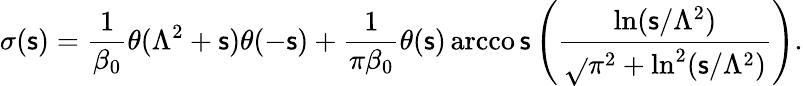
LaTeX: \sigma(\mathsf{s})=\frac{1}{{\beta_{0}}}\theta(\Lambda^{2}+\mathsf{s})\theta(-\mathsf{s})+\frac{1}{{\pi\beta_{0}}}\theta(\mathsf{s})\operatorname{arcco\mathsf{s}}\left(\frac{{\ln(\mathsf{s}/\Lambda^{2})}}{{\sqrt{}{{\pi^{2}+\ln^{2}(\mathsf{s}/\Lambda^{2}}})}}\right).